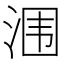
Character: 涠